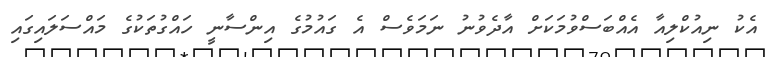
އެކު ނިއުކްލިއާ އެއްބަސްވުމަކަށްް އާދެވުނު ނަމަވެސް އެ ގައުމުގެ އިންސާނީ ހައްގުތަކުގެ މައްސަލައިގައި